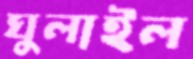
ঘুলাইল